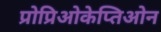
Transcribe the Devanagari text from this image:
प्रोप्रिओकेप्तिओन